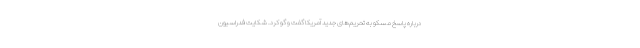
درباره پاسخ مسکو به تحریم‌های جدید آمریکا گفت و گو کرد. شکایت فدراسیون